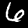
Label: 6